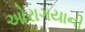
ઓરાગયાની